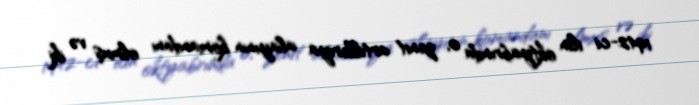
1942-ci ilin oktyabrında o, zenit artilleriya alayının komandanı olmuş və iki